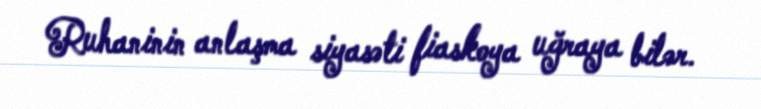
Ruhaninin anlaşma siyasəti fiaskoya uğraya bilər.